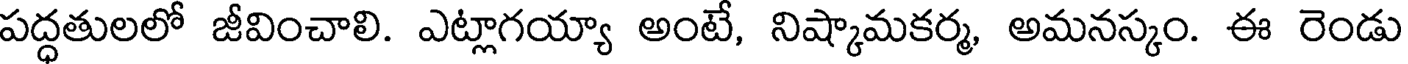
పద్ధతులలో జీవించాలి. ఎట్లాగయ్యా అంటే, నిష్కామకర్మ, అమనస్కం. ఈ రెండు